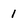
Character: 1